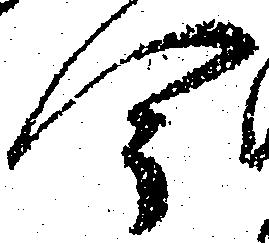
今